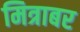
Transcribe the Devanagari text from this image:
मित्राबर